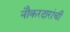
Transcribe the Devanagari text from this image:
नौकरदारांची